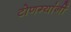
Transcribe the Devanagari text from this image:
टोणग्यांनीं